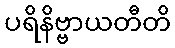
ပရိနိဗ္ဗာယတီတိ